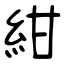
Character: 紺